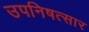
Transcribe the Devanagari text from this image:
उपनिषत्सार